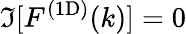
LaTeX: \Im[\mathinner{F^{\mathrm{(1D)}}\mathopen{\left(k\right)}}]=0